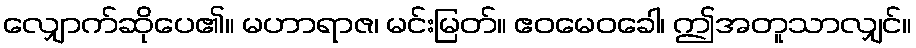
လျှောက်ဆိုပေ၏။ မဟာရာဇ၊ မင်းမြတ်။ ဧဝမေဝခေါ၊ ဤအတူသာလျှင်။